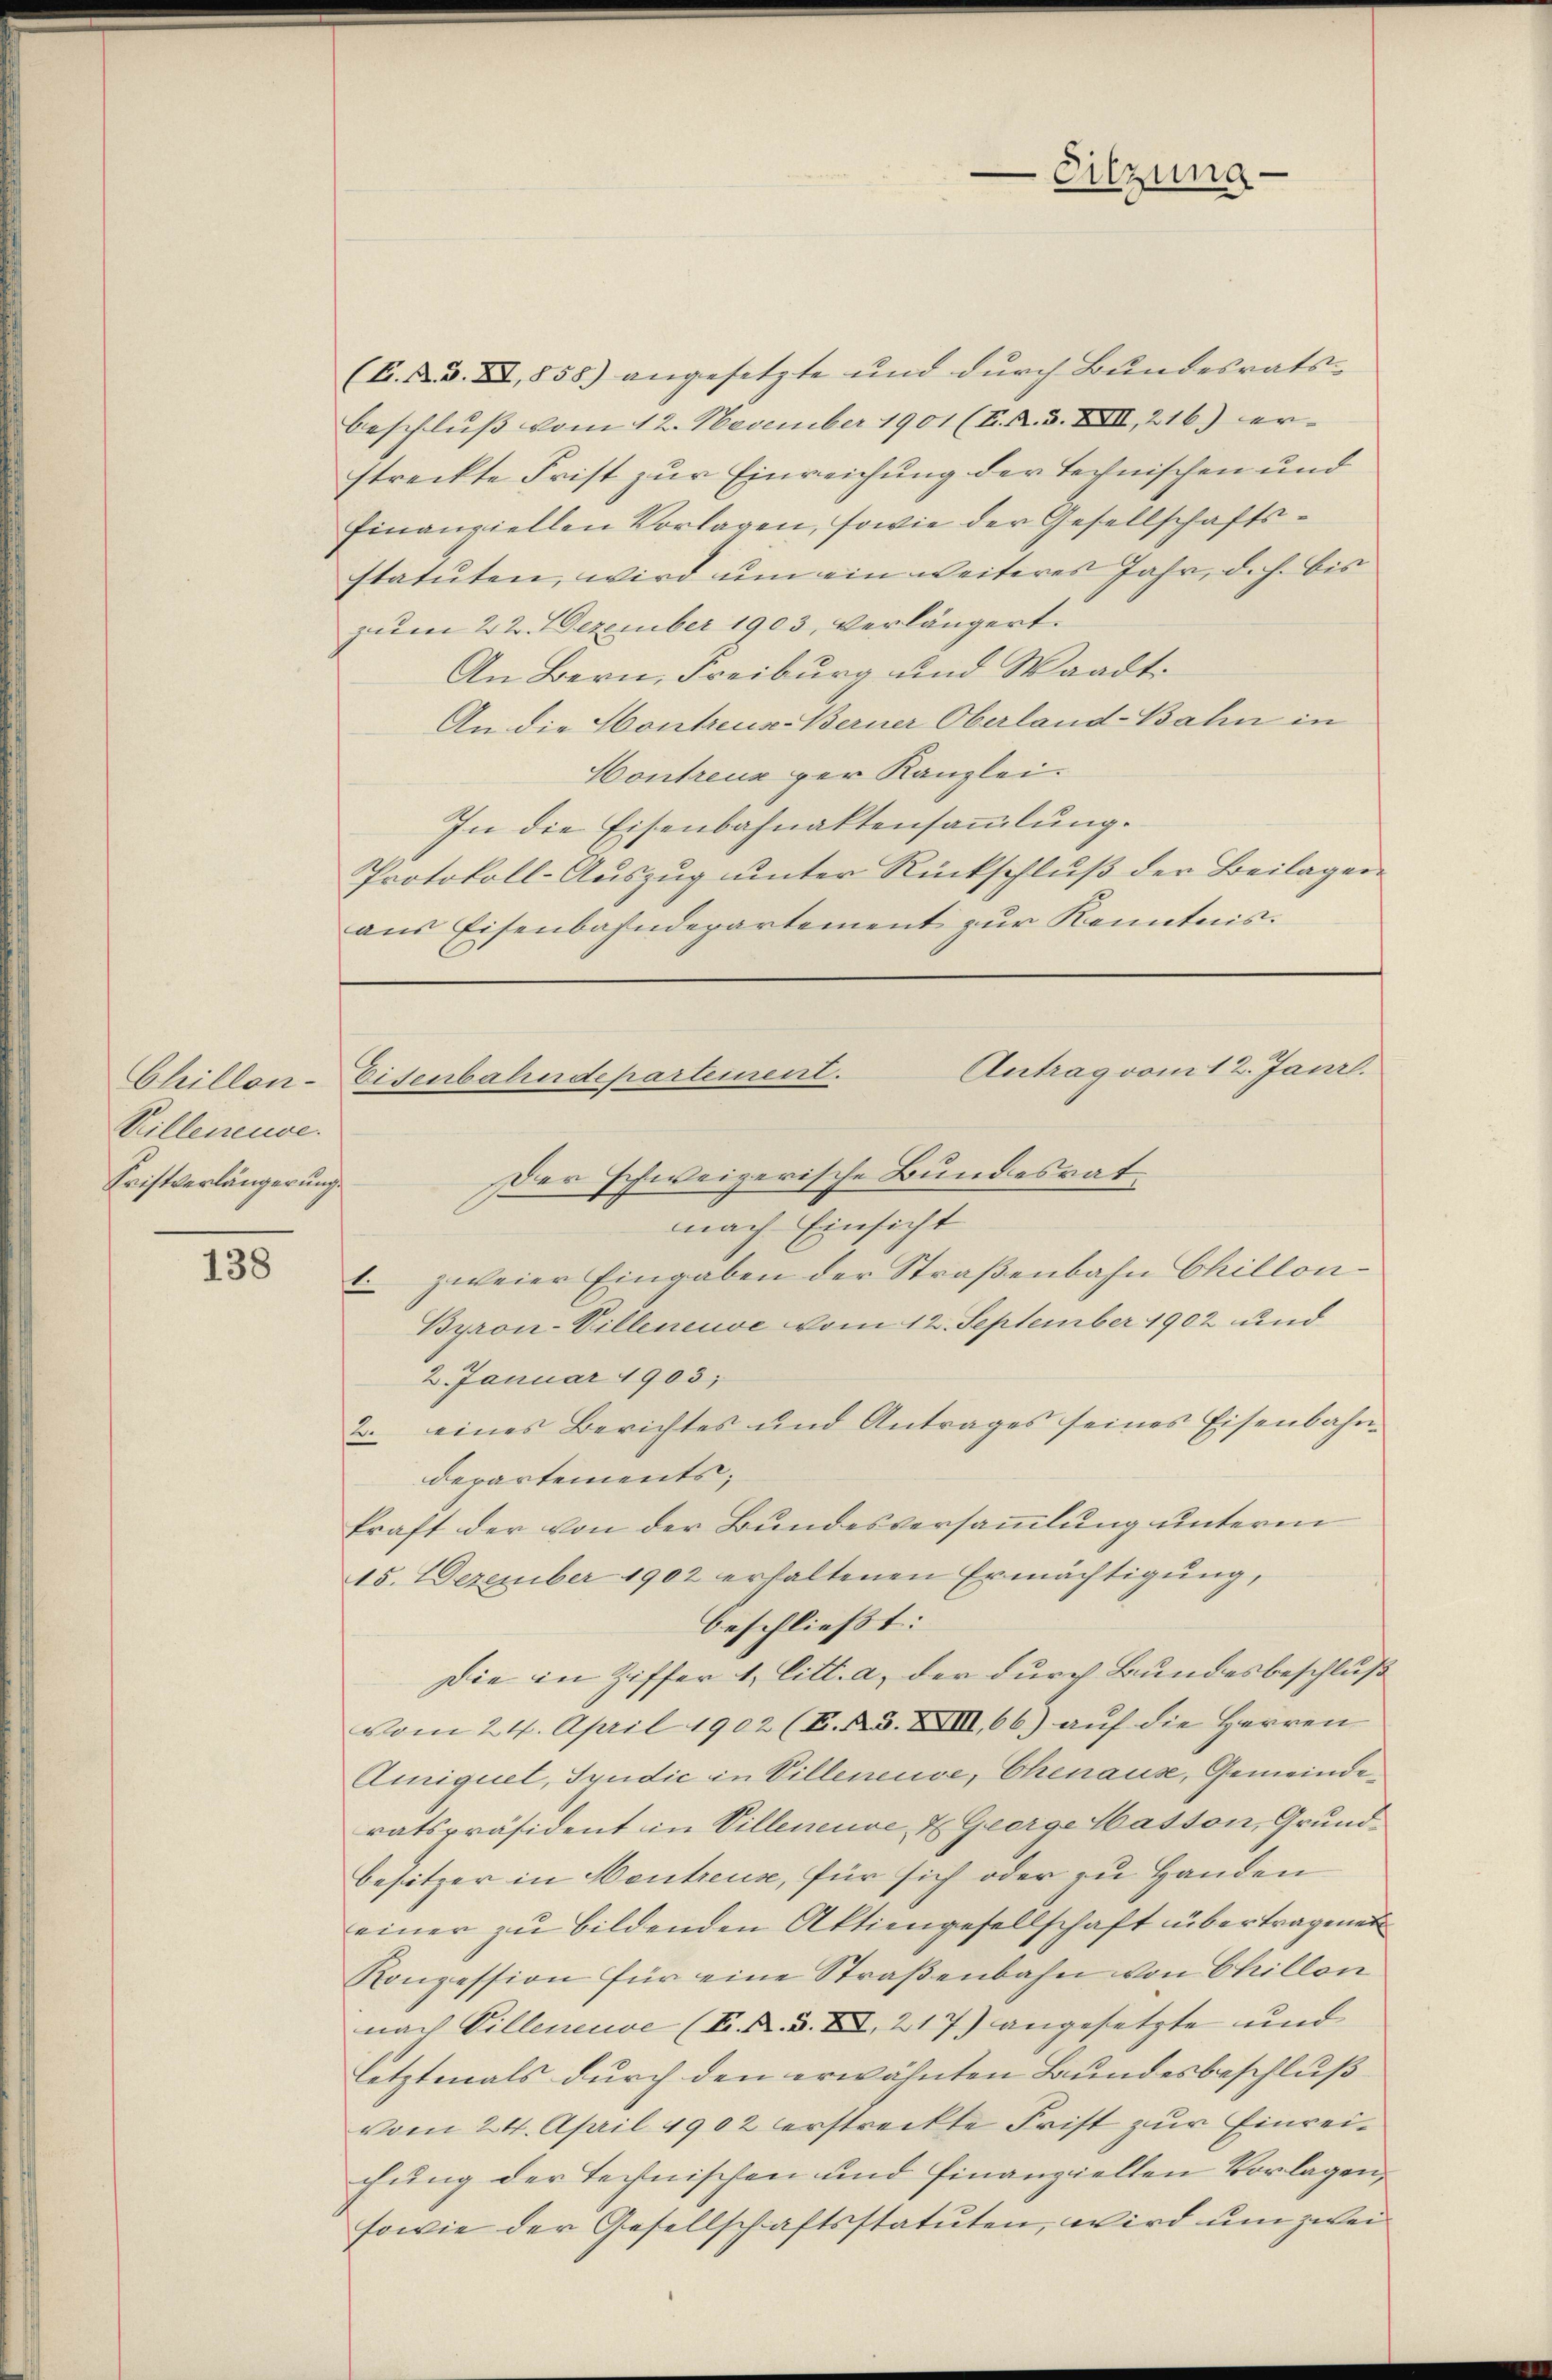
Chillon¬
Villeneuve
Cristverlängerung.

138

(B. F. XI, 858) angesetzte und durch Bundesrats-
beschluß vom 12. November 1901 (K. R. S. XXII, 216) er-
streckte Frist zur Einreichung der technischen und
finanziellen Vorlagen, sowie der Gesellschaftsstatuten, wird um ein weiteres Jahr, d.h. bis
zum 22. Dezember 1903, verlängert.
An Bern, Freiburg und Waadt.
An die Hontreus-Berner Oberland-Bahn in
Kontreux per Kanzlei.
In die Eisenbahnaktensammlung.
Protokoll-Auszug unter Rückschluß der Beilagen
aus Eisenbahndepartement zur Kenntnis.

Antrag vom 12. Janr.
Eisenbahndepartement.

Sitzung

Der schweizerische Bundesrat
nach Einsicht
1. zweier Eingaben der Straßenbahn Chillon¬
Byron-Villeneuve vom 12. September 1902 und
2. Januar 1903;
2. eines Berichtes und Antrages seines Eisenbahn-
departements;
kraft der von der Bundesversammlung unterm
15. Dezember 1902 erhaltenen Ermächtigung,
beschließt:
Die in Ziffer 1. litt. a, der durch Bundesbeschluß
vom 24. April 1902 (F. Bd. XXIII 66) auf die Herren
Amiquet, Syndic in Villeneuve, Chenause, Gemeinderatspräsident in Villeneuve u George Masson, Grund¬
Besitzer in entreuse, für sich oder zu Handen
einer zu bildenden Aktiengesellschaft übertragenen
Konzession für eine Straβenbahn von Chillon
nach Villeneuve (I. R. S. XI, 217) angesetzte und
letztmals durch den erwähnten Bundesbeschluß
vom 24. April 1902 erstreckte Frist zur Einreichung der Technischen und Finanziellen Vorlagen,
sowie der Gesellschaftsstatuten, wird um zwei¬